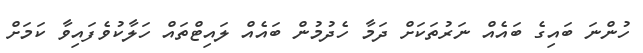
ހުންނަ ބައިގެ ބައެއް ނަރުތަކަށް ދަމާ ހެދުމުން ބައެއް ލައިޓްތައް ހަލާކުވެފައިވާ ކަމަށް